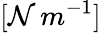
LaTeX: [\mathcal{N}\, m^{-1}]